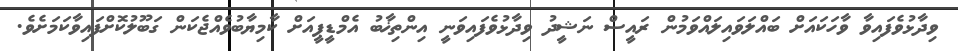
ވިދާޅުވެފައިވާ ވާހަކައަށް ބައްލަވައިލައްވަމުން ރައީސް ނަޝީދު ވިދާޅުވެފައިވަނީ އިންތިޚާބު އެމްޑީޕީއަށް ކާމިޔާބުވެއްޖެކަން ގަބޫލުކޮށްފައިވާކަމަށެވެ.